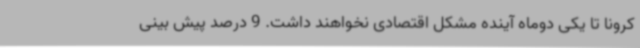
کرونا تا یکی دوماه آینده مشکل اقتصادی نخواهند داشت. 9 درصد پیش بینی